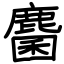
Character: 麕